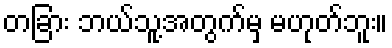
တခြား ဘယ်သူ့အတွက်မှ မဟုတ်ဘူး။